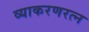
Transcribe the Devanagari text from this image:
व्याकरणरत्न